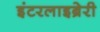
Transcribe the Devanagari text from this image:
इंटरलाइब्रेरी